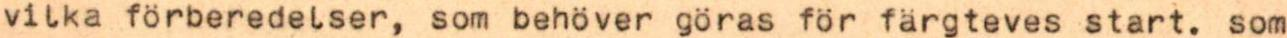
vilka förberedelser, som behöver göras för färgteves start. som